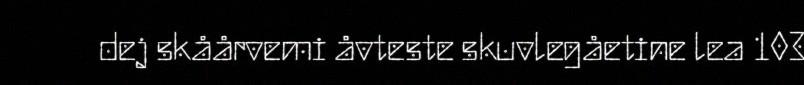
dej skåårvemi åvteste skuvlegåetine lea 103